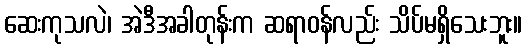
ဆေးကုသလဲ၊ အဲဒီအခါတုန်းက ဆရာဝန်လည်း သိပ်မရှိသေးဘူး။